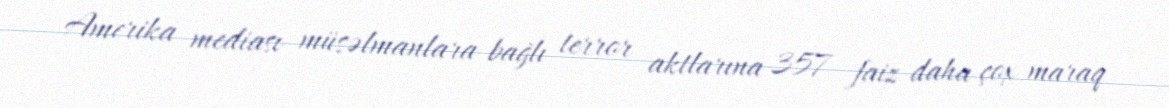
Amerika mediası müsəlmanlara bağlı terror aktlarına 357 faiz daha çox maraq